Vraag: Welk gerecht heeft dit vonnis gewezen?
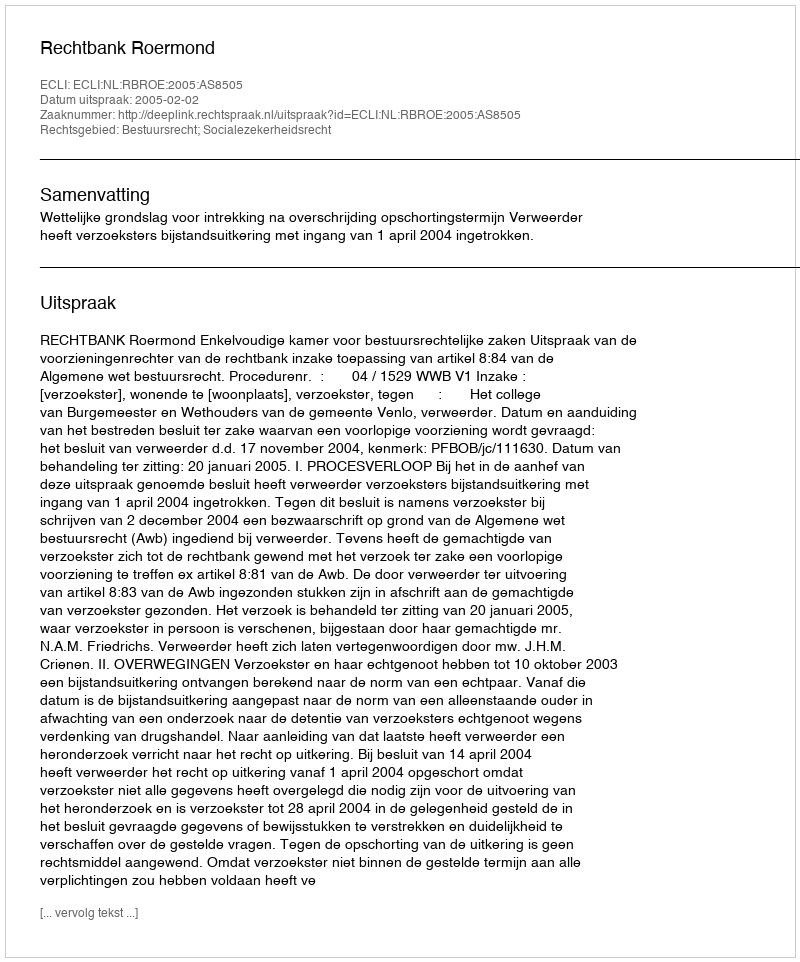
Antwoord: Rechtbank Roermond